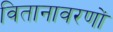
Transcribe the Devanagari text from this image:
वितानावरणों